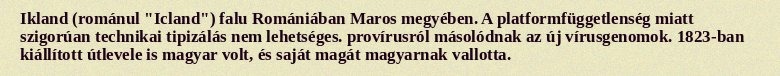
Ikland (románul "Icland") falu Romániában Maros megyében. A platformfüggetlenség miatt szigorúan technikai tipizálás nem lehetséges. provírusról másolódnak az új vírusgenomok. 1823-ban kiállított útlevele is magyar volt, és saját magát magyarnak vallotta.